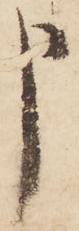
申